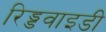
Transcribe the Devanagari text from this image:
रिड्डवाइडी